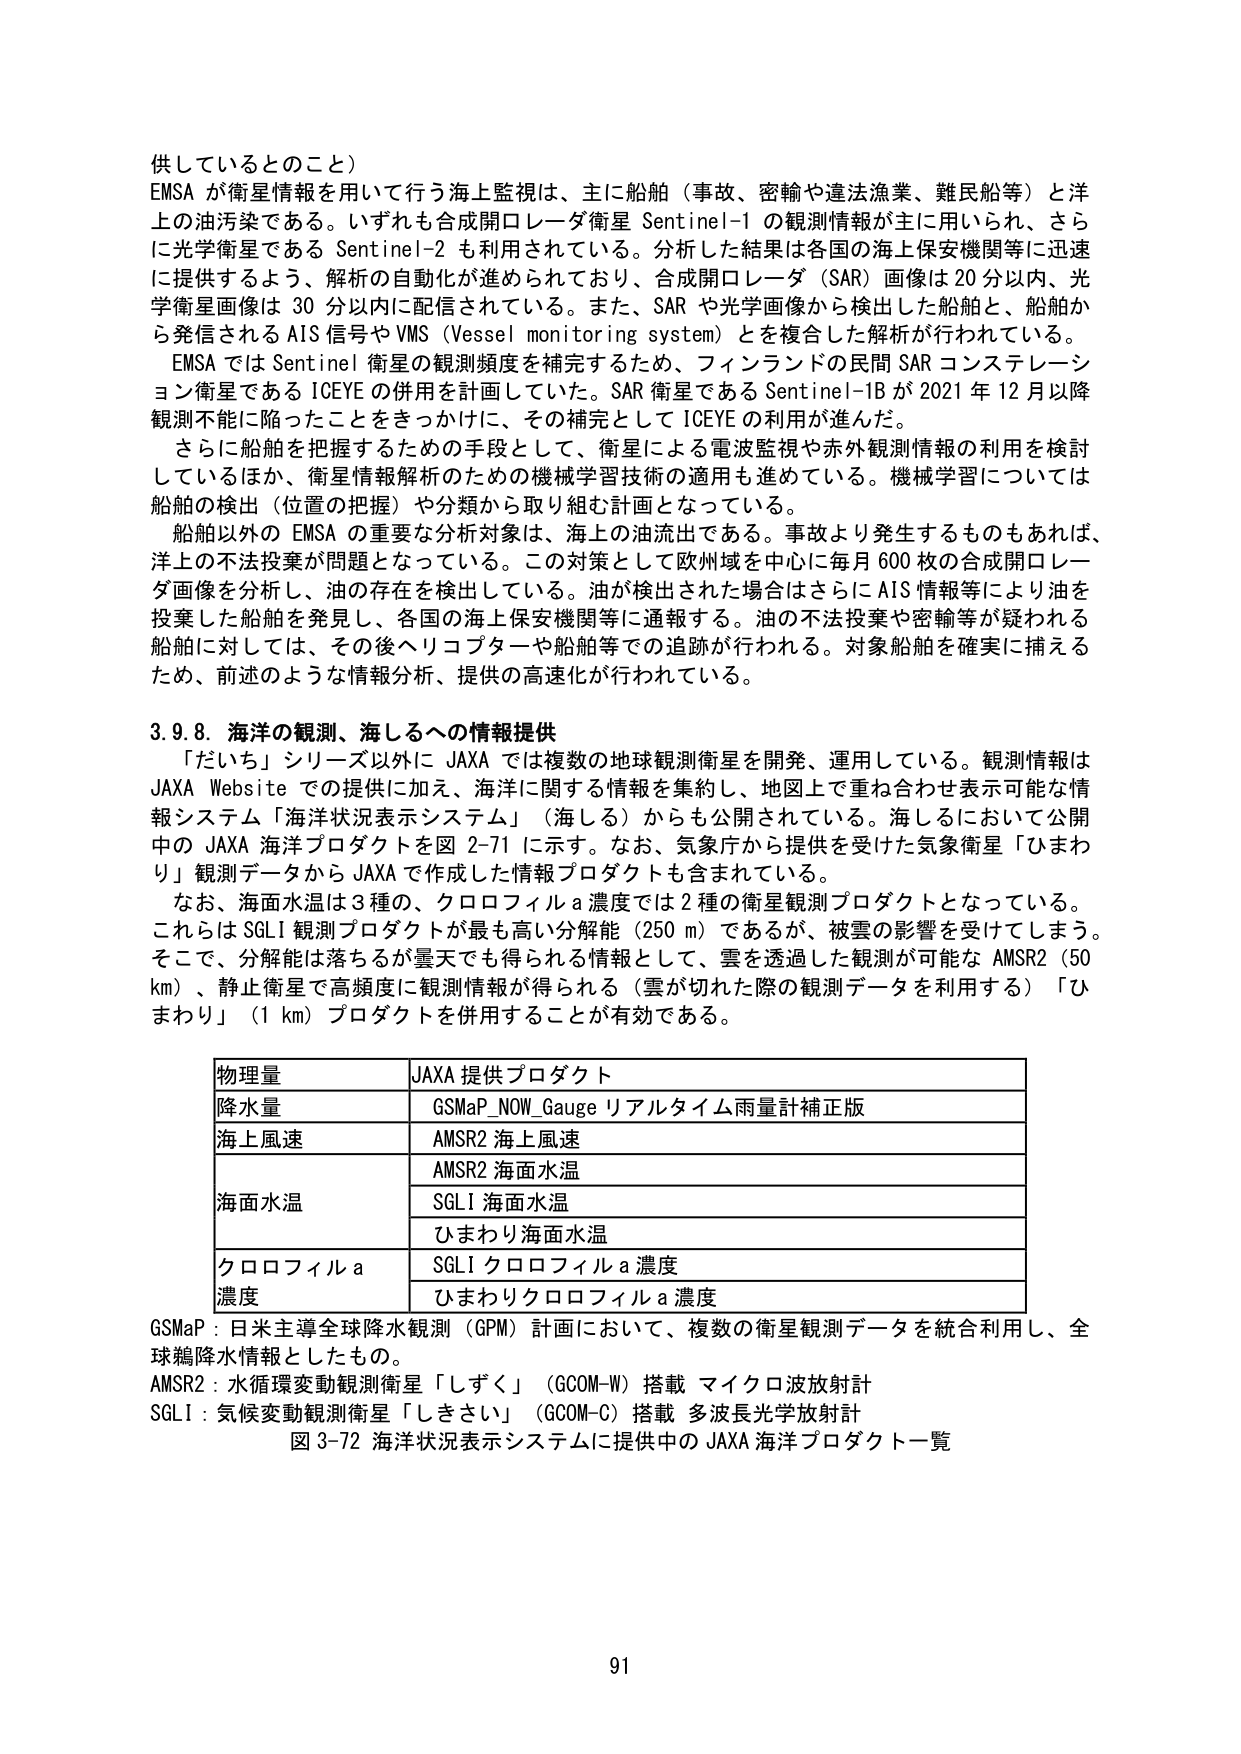
供しているとのこと）
EMSA が衛星情報を用いて行う海上監視は、主に船舶（事故、密輸や違法漁業、難民船等）と洋上の油汚染である。いずれも合成開口レーダ衛星 Sentinel-1 の観測情報が主に用いられ、さらに光学衛星である Sentinel-2 も利用されている。分析した結果は各国の海上保安機関等に迅速に提供するよう、解析の自動化が進められており、合成開口レーダ（SAR）画像は 20 分以内、光学衛星画像は 30 分以内に配信されている。また、SAR や光学画像から検出した船舶と、船舶から発信される AIS 信号や VMS（Vessel monitoring system）とを複合した解析が行われている。
EMSA では Sentinel 衛星の観測頻度を補完するため、フィンランドの民間 SAR コンステレーション衛星である ICEYE の併用を計画していた。SAR 衛星である Sentinel-1B が 2021 年 12 月以降観測不能に陥ったことをきっかけに、その補完として ICEYE の利用が進んだ。
さらに船舶を把握するための手段として、衛星による電波監視や赤外観測情報の利用を検討しているほか、置星情報解析のための機械学習技術の適用も進めている。機械学習については船舶の検出（位置の把握）や分類から取り組む計画となっている。
船舶以外の EMSA の重要な分析対象は、海上の油流出である。事故より発生するものもあれば、洋上の不法投棄が問題となっている。この対策として欧州域を中心に毎月 600 枚の合成開口レーダ画像を分析し、油の存在を検出している。油が検出された場合はさらに AIS 情報等により油を投棄した船舶を発見し、各国の海上保安機関等に通報する。油の不法投棄や密輸等が疑われる船舶に対しては、その後ヘリコプターや船舶等での追跡が行われる。対象船舶を確実に捕えるため、前述のような情報分析、提供の高速化が行われている。

3.9.8. 海洋の観測、海しるへの情報提供
「だいち」シリーズ以外に JAXA では複数の地球観測衛星を開発、運用している。観測情報は JAXA Website での提供に加え、海洋に関する情報を集約し、地図上で重ね合わせ表示可能な情報システム「海洋状況表示システム」（海しる）からも公開されている。海しるにおいて公開中の JAXA 海洋プロダクトを図 2-71 に示す。なお、気象庁から提供を受けた気象衛星「ひまわり」観測データから JAXA で作成した情報プロダクトも含まれている。
なお、海面水温は 3 種の、クロロフィル a 濃度では 2 種の衛星観測プロダクトとなっている。これは SGLI 観測プロダクトが最も高い分解能（250 m）であるが、被雲の影響を受けてしまう。そこで、分解能は落ちるが曇天でも得られる情報として、雲を透過した観測が可能な AMSR2（50 km）、静止衛星で高頻度に観測情報が得られる（雲が切れた際の観測データを利用する）「ひまわり」（1 km）プロダクトを併用することが有効である。

| 物理量 | JAXA 提供プロダクト |
|---|---|
| 降水量 | GSMaP_NOW_Gauge リアルタイム雨量計補正版 |
| 海上風速 | AMSR2 海上風速 |
| 海面水温 | AMSR2 海面水温 |
| | SGLI 海面水温 |
| | ひまわり海面水温 |
| クロロフィル a 濃度 | SGLI クロロフィル a 濃度 |
| | ひまわりクロロフィル a 濃度 |

GSMaP：日米主導全球降水観測（GPM）計画において、複数の衛星観測データを統合利用し、全球鶏降水情報としたもの。
AMSR2：水循環変動観測衛星「しずく」（GCOM-W）搭載 マイクロ波放射計
SGLI：気候変動観測衛星「しきさい」（GCOM-C）搭載 多波長光学放射計
図 3-72 海洋状況表示システムに提供中の JAXA 海洋プロダクト一覧

91